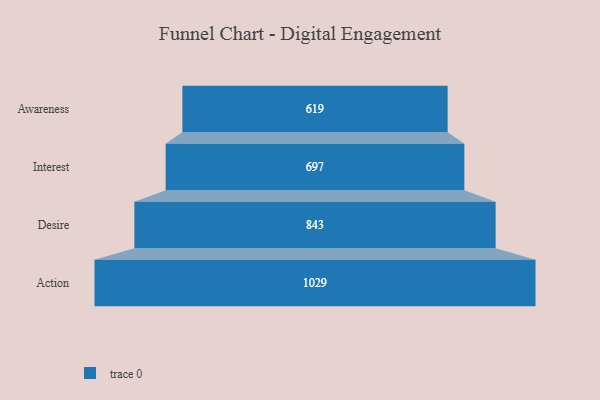
{"axis": {"x": "Stage", "y": "Value"}, "legend": [""], "data": [{"x": "Awareness", "y": 619.0, "type": ""}, {"x": "Interest", "y": 697.0, "type": ""}, {"x": "Desire", "y": 843.0, "type": ""}, {"x": "Action", "y": 1029.0, "type": ""}]}